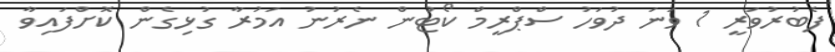
ފެބުރުވަރީ 1 ވަނަ ދުވަހު ސްޕްރީމް ކޯޓުން ނެރުނު އަމުރާ ގުޅިގެން ކޮށްފައިވާ